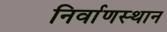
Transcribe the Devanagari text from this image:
निर्वाणस्थान